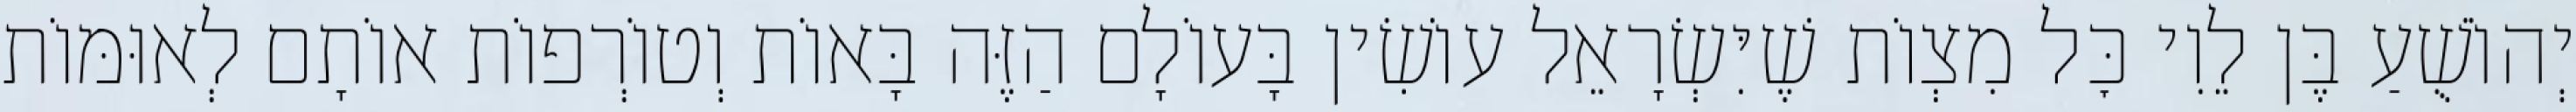
יְהוֹשֻׁעַ בֶּן לֵוִי כׇּל מִצְוֹת שֶׁיִּשְׂרָאֵל עוֹשִׂין בָּעוֹלָם הַזֶּה בָּאוֹת וְטוֹרְפוֹת אוֹתָם לְאוּמּוֹת